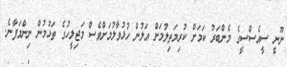
ނޫނީ ސީއެސްސީގެ މެންބަރު ކަމަށް ކުރިމަތިލުމަށް އަލުން ހުޅުވާލުމަށްވެސް މަޖިލީހުގެ ތަޅުމުން ނިންމަފާނެ.